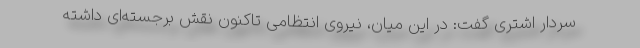
سردار اشتری گفت: در این میان، نیروی انتظامی تاکنون نقش برجسته‌ای داشته